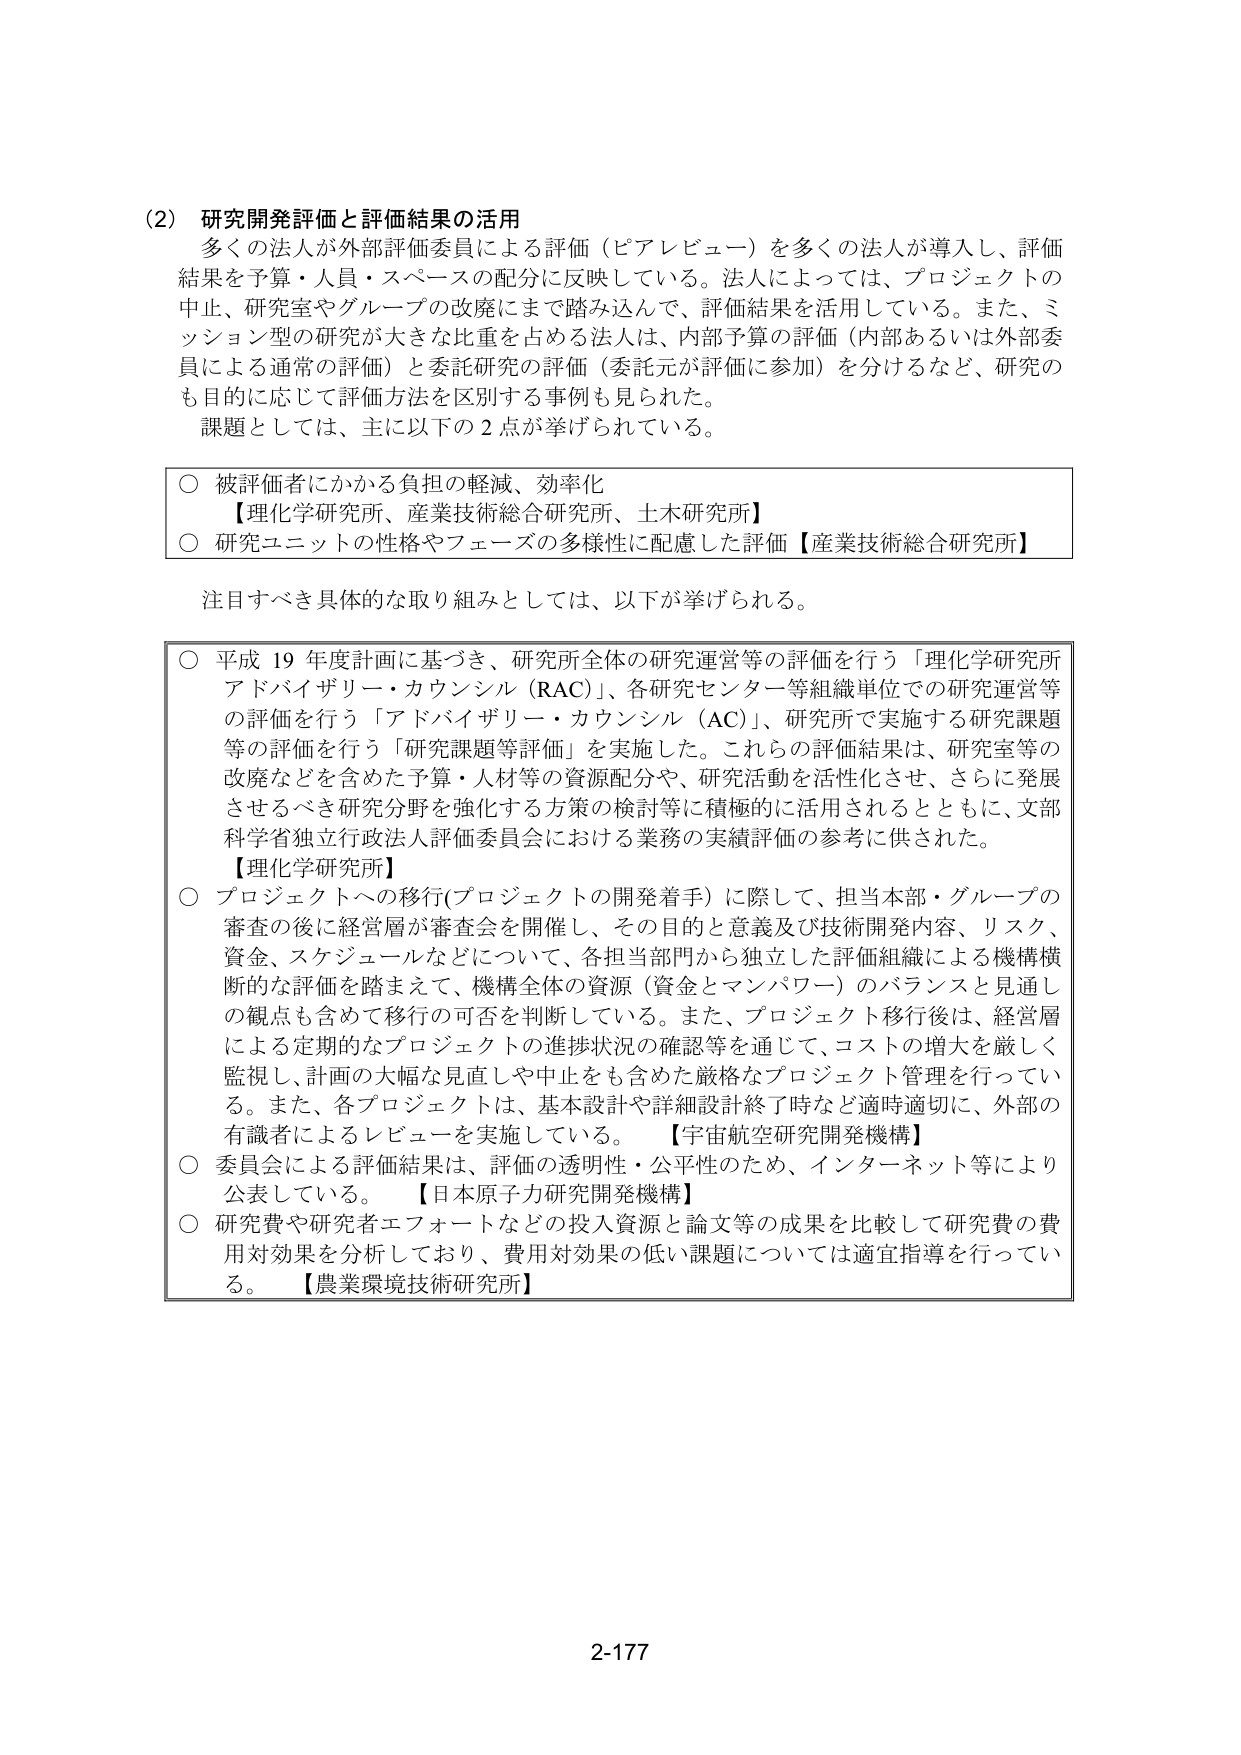
(2) 研究開発評価と評価結果の活用
多くの法人が外部評価委員による評価（ピアレビュー）を多くの法人が導入し、評価結果を予算・人員・スペースの配分に反映している。法人によっては、プロジェクトの中止、研究室やグループの改廃にまで踏み込んで、評価結果を活用している。また、ミッション型の研究が大きな比重を占める法人は、内部予算の評価（内部あるいは外部委員による通常の評価）と委託研究の評価（委託元が評価に参加）を分けるなど、研究のも目的に応じて評価方法を区別する事例も見られた。
課題としては、主に以下の2点が挙げられている。

○ 被評価者にかかる負担の軽減、効率化
【理化学研究所、産業技術総合研究所、土木研究所】
○ 研究ユニットの性格やフェーズの多様性に配慮した評価【産業技術総合研究所】

注目すべき具体的な取り組みとしては、以下が挙げられる。

○ 平成19年度計画に基づき、研究所全体の研究運営等の評価を行う「理化学研究所アドバイザリー・カウンシル（RAC）」、各研究センター等組織単位での研究運営等の評価を行う「アドバイザリー・カウンシル（AC）」、研究所で実施する研究課題等の評価を行う「研究課題等評価」を実施した。これらの評価結果は、研究室等の改廃などを含めた予算・人材等の資源配分や、研究活動を活性化させ、さらに発展させるべき研究分野を強化する方策の検討等に積極的に活用されるとともに、文部科学省独立行政法人評価委員会における業務の実績評価の参考に供された。
【理化学研究所】

○ プロジェクトへの移行（プロジェクトの開発着手）に際して、担当本部・グループの審査の後に経営層が審査会を開催し、その目的と意義及び技術開発内容、リスク、資金、スケジュールなどについて、各担当部門から独立した評価組織による機構横断的な評価を踏まえて、機構全体の資源（資金とマンパワー）のバランスと見通しの観点も含めて移行の可否を判断している。また、プロジェクト移行後は、経営層による定期的なプロジェクトの進捗状況の確認等を通じて、コストの増大を厳しく監視し、計画の大幅な見直しや中止をも含めた厳格なプロジェクト管理を行っている。また、各プロジェクトは、基本設計や詳細設計終了時など適時適切に、外部の有識者によるレビューを実施している。
【宇宙航空研究開発機構】

○ 委員会による評価結果は、評価の透明性・公平性のため、インターネット等により公表している。
【日本原子力研究開発機構】

○ 研究費や研究者エフォートなどの投入資源と論文等の成果を比較して研究費の費用対効果を分析しており、費用対効果の低い課題については適宜指導を行っている。
【農業環境技術研究所】

2-177